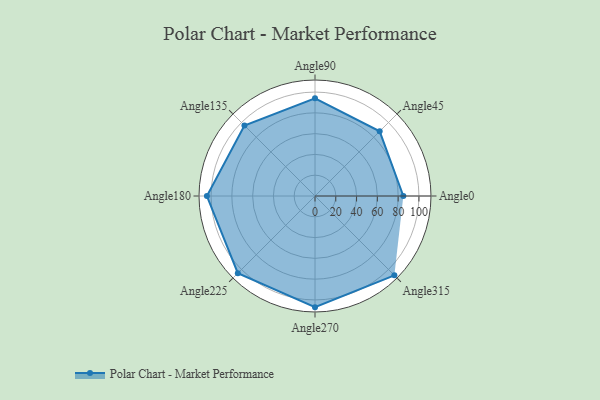
{"axis": {"x": "Angle", "y": "Radius"}, "legend": [""], "data": [{"x": "Angle0", "y": 85.0, "type": ""}, {"x": "Angle45", "y": 88.0, "type": ""}, {"x": "Angle90", "y": 94.0, "type": ""}, {"x": "Angle135", "y": 96.0, "type": ""}, {"x": "Angle180", "y": 104.0, "type": ""}, {"x": "Angle225", "y": 105.0, "type": ""}, {"x": "Angle270", "y": 107.0, "type": ""}, {"x": "Angle315", "y": 108.0, "type": ""}]}